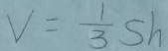
V = \frac { 1 } { 3 } S h